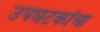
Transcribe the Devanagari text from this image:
उपघटकांचा